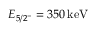
E _ { 5 / 2 ^ { - } } = 3 5 0 \ensuremath { \, \mathrm { k e V } }